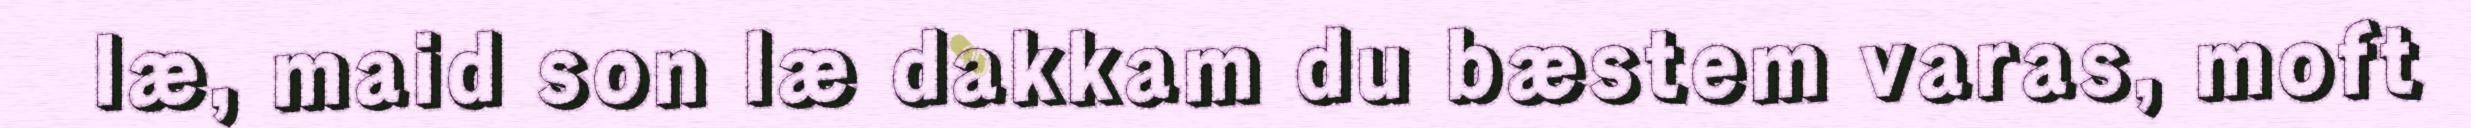
læ, maid son læ dakkam du bæstem varas, moft